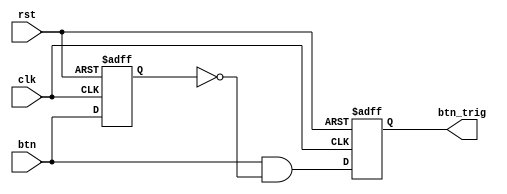
`timescale 1ns / 1ps
//////////////////////////////////////////////////////////////////////////////////
// Company: 
// Engineer: 
// 
// Design Name: 
// Module Name: oneshot
// Project Name: 
// Target Devices: 
// Tool Versions: 
// Description: 
// 
// Dependencies: 
// 
// Revision:
// Revision 0.01 - File Created
// Additional Comments:
// 
//////////////////////////////////////////////////////////////////////////////////


module oneshot(clk, rst, btn, btn_trig);

parameter WIDTH = 1;
input clk, rst, btn;
reg [WIDTH-1:0] btn_reg;
output reg [WIDTH-1:0] btn_trig;

always @(negedge rst or posedge clk) begin
    if(!rst) begin
        btn_reg <= {WIDTH{1'b0}};
        btn_trig <= {WIDTH{1'b0}};
    end
    else begin
        btn_reg <= btn;
        btn_trig <= btn & ~btn_reg;
    end
end

endmodule